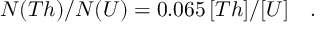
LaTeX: N ( T h ) / N ( U ) = 0 . 0 6 5 \, [ T h ] / [ U ] \quad .